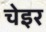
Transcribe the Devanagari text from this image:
चेइर